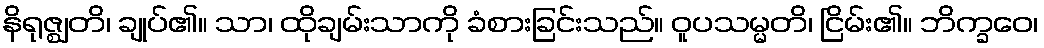
နိရုဇ္ဈတိ၊ ချုပ်၏။ သာ၊ ထိုချမ်းသာကို ခံစားခြင်းသည်။ ဝူပသမ္မတိ၊ ငြိမ်း၏။ ဘိက္ခဝေ၊